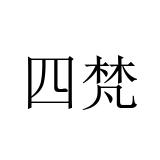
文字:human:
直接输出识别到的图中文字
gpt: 四梵